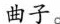
曲子。